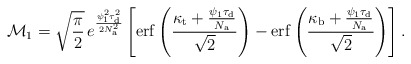
\begin{align*}\mathcal{M}_1=\sqrt{\frac{\pi}{2}}\,e^{\frac{\psi_{1}^2\tau_{\rm d}^2}{2N_{\rm a}^2}}\left[\mathrm{erf}\left(\frac{\kappa_{\rm t}+\frac{\psi_{1}\tau_{\rm d}}{N_{\rm a}}}{\sqrt{2}}\right)-\mathrm{erf}\left(\frac{\kappa_{\rm b}+\frac{\psi_{1}\tau_{\rm d}}{N_{\rm a}}}{\sqrt{2}}\right)\right].\end{align*}